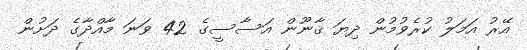
އޭރު އަމަލު ކުރެވުމުން ދިޔަ ޤާނޫން އަސާސީގެ 42 ވަނަ މާއްދާގެ ދަށުން